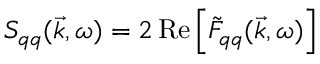
S _ { q q } ( \vec { k } , \omega ) = 2 \operatorname { R e } \left[ \tilde { F } _ { q q } ( \vec { k } , \omega ) \right]